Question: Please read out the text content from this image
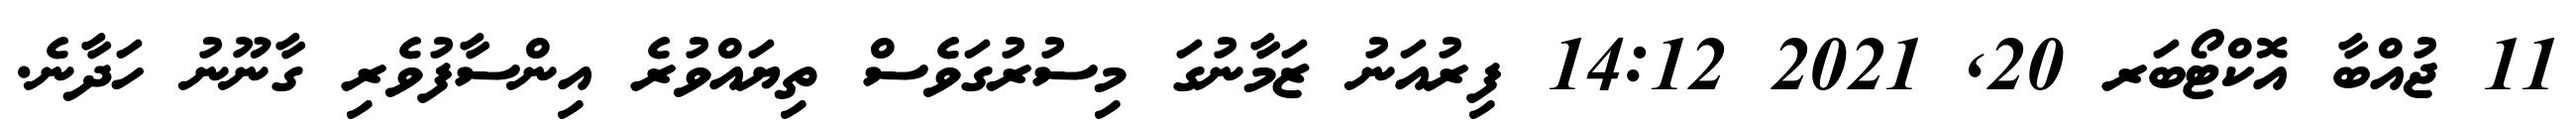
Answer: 11 ޖުއްބާ އޮކްޓޯބަރ 20, 2021 14:12 ފިރުއަނު ޒަމާނުގަ މިސުރުގަވެސް ތިޔައްވުރެ އިންސާފުވެރި ގާނޫނު ހަދާނެ.